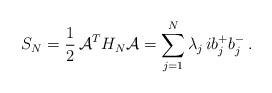
LaTeX: \begin{align*} S_N = \frac{ 1}{2} \, \mathcal{A}^T H_N \mathcal{A } = \sum_{j=1}^N \lambda_j \, i b_j^+ b_j^- \, . \end{align*}